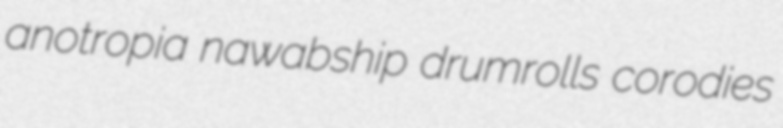
anotropia nawabship drumrolls corodies